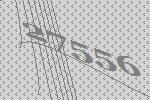
27556